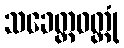
သခေတ္တဝတ္ထုံ